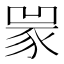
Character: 𧱃